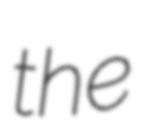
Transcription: the